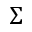
\Sigma